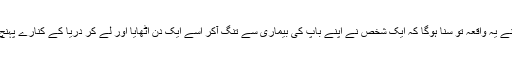
آپ نے یہ واقعہ تو سنا ہوگا کہ ایک شخص نے اپنے باپ کی بیماری سے تنگ آکر اسے ایک دن اٹھایا اور لے کر دریا کے کنارے پہنچ گیا۔